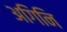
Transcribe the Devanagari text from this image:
अगिनि